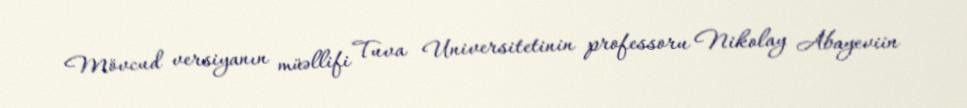
Mövcud versiyanın müəllifi Tuva Universitetinin professoru Nikolay Abayeviin